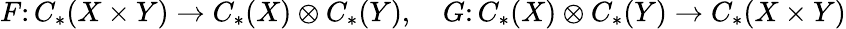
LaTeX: F\colon C_{*}(X\times Y)\rightarrow C_{*}(X)\otimes C_{*}(Y),\quad G\colon C_{*}(X)\otimes C_{*}(Y)\rightarrow C_{*}(X\times Y)